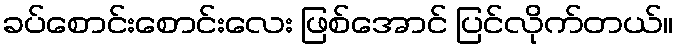
ခပ်စောင်းစောင်းလေး ဖြစ်အောင် ပြင်လိုက်တယ်။